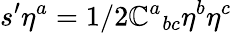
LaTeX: s^{\prime}\eta^{a}=1/2\mathbb{C}^{a}{}_{bc}\eta^{b}\eta^{c}